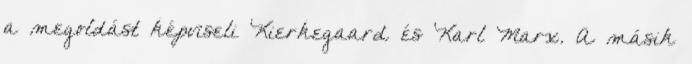
a megoldást képviseli Kierkegaard és Karl Marx. A másik